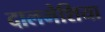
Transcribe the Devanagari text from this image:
दालमेशिया